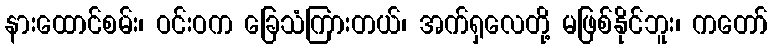
နားထောင်စမ်း၊ ဝင်းဝက ခြေသံကြားတယ်၊ အက်ရှလေတို့ မဖြစ်နိုင်ဘူး၊ ကတော်